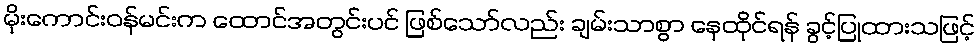
မိုးကောင်းဝန်မင်းက ထောင်အတွင်းပင် ဖြစ်သော်လည်း ချမ်းသာစွာ နေထိုင်ရန် ခွင့်ပြုထားသဖြင့်